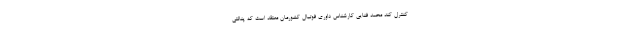
کنترل کند محمد فنایی کارشناس داوری فوتبال کشورمان معتقد است که پنالتی